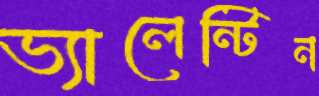
ভ্যালেন্টিন